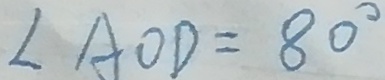
\angle A O D = 8 0 ^ { \circ }